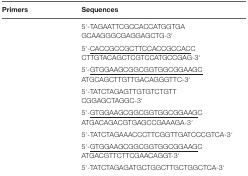
<table><thead><tr><td><b>Primers</b></td><td><b>Sequences</b></td></tr></thead><tbody><tr><td>[EMPTY_CELL]</td><td>5′-TAGAATTCGCCACCATGGTGAGCAAGGGCGAGGAGCTG-3′</td></tr><tr><td>[EMPTY_CELL]</td><td>5′-<underline>CACCGCCGCTTCCACCGCCACC</underline>CTTGTACAGCTCGTCCATGCCGAG-3′</td></tr><tr><td>[EMPTY_CELL]</td><td>5′-<underline>GTGGAAGCGGCGGTGGCGGAAGC</underline>ATGCAGCTTGTTGACAGGGTTC-3′</td></tr><tr><td>[EMPTY_CELL]</td><td>5′-TATCTAGAGTTGTGTCTGTTCGGAGCTAGGC-3′</td></tr><tr><td>[EMPTY_CELL]</td><td>5′-<underline>GTGGAAGCGGCGGTGGCGGAAGC</underline>ATGACAGACGTGAGCCGAAAGA-3′</td></tr><tr><td>[EMPTY_CELL]</td><td>5′-TATCTAGAAACCCTTCGGTTGATCCCGTCA-3′</td></tr><tr><td>[EMPTY_CELL]</td><td>5′-<underline>GTGGAAGCGGCGGTGGCGGAAGC</underline>ATGACGTTCTTCGAACAGGT-3′</td></tr><tr><td>[EMPTY_CELL]</td><td>5′-TATCTAGAGATGCTGGCTTGCTGGCTCA-3′</td></tr></tbody></table>